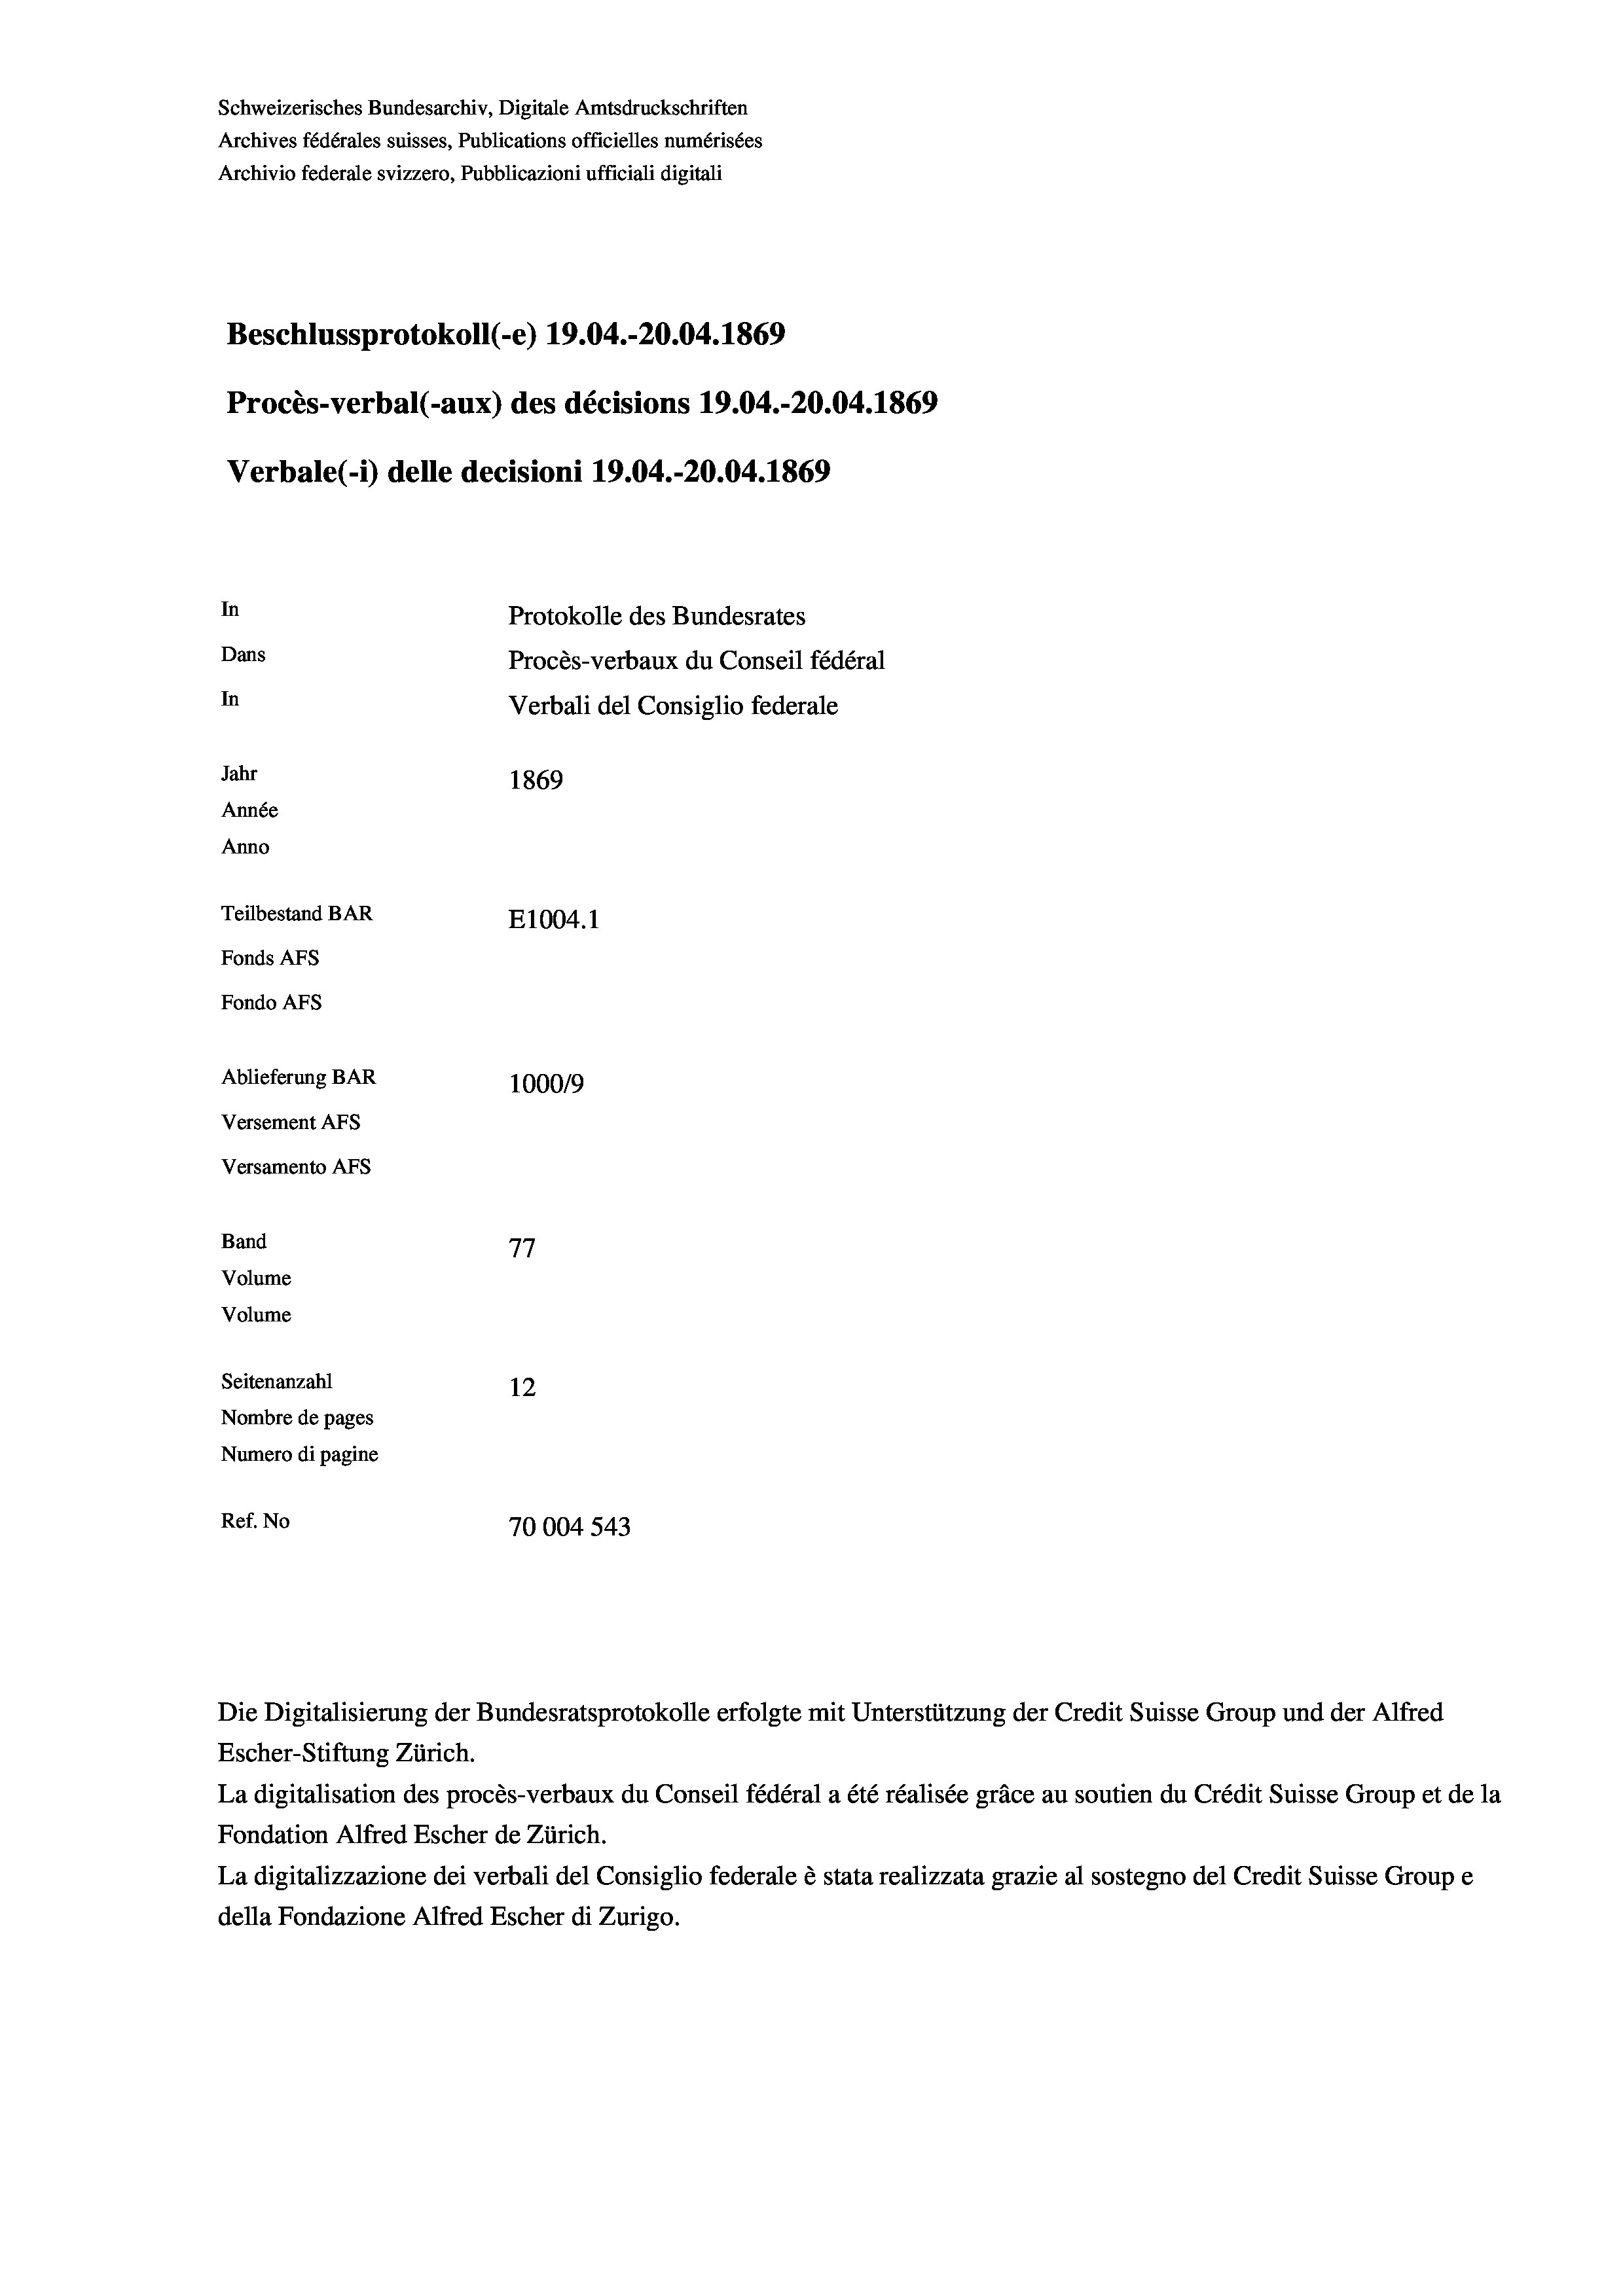
Schweizerisches Bundesarchiv, Digitale Amtsdruckschriften
Archives fédérales suisses, Publications officielles numérisées
Archivio federale svizzero, Pubblicazioni ufficiali digitali
Beschlussprotokoll (-e) 19.04.-20.04. 1869
Procès-verbal (-aux) des décisions 19.04.-20.04. 1869
Verbale (-*) delle decisioni 19.04.-20.04. 1869
In
Protokolle des Bundesrates
Dans
Procès-verbaux du Conseil fédéral
In
Verbali del Consiglio federale
Jahr
1869
Année
Anno
Teilbestand BAR
E1004. 1
Fonds Afs
Fondo Afs
Ablieferung BAR
100019
Versement AFS
Versamento Afs
Band
77
Volume
Volume
Seitenanzahl
12
Nombre de pages
Numero di pagine
Ref. No
70004 543

Escher-Stiftung Zürich.
La digitalisation des procès-verbaux du Conseil fédéral a été réalisée gräce au soutien du Crédit Suisse Group et de la
Fondation Alfred Escher de Zürich.
La digitalizzazione dei verbali del Consiglio federale è stata realizzata grazie al sostegno del Credit Suisse Groupe
della Fondazione Alfred Escher di Zurigo.

Die Digitalisierung der Bundesratsprotokolle erfolgte mit Unterstützung der Credit Suisse Group und der Alfred